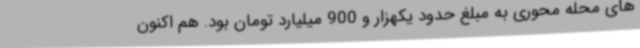
های محله محوری به مبلغ حدود یکهزار و 900 میلیارد تومان بود. هم اکنون